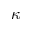
\kappa